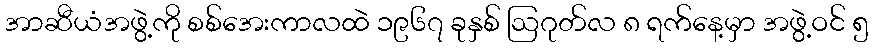
အာဆီယံအဖွဲ့ကို စစ်အေးကာလထဲ ၁၉၆၇ ခုနှစ် ဩဂုတ်လ ၈ ရက်နေ့မှာ အဖွဲ့ဝင် ၅